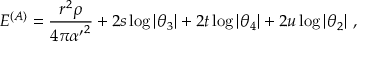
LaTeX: { { \cal E } } ^ { ( A ) } = { \frac { r ^ { 2 } \rho } { 4 \pi { \alpha ^ { \prime } } ^ { 2 } } } + 2 s \log \vert \theta _ { 3 } \vert + 2 t \log \vert \theta _ { 4 } \vert + 2 u \log \vert \theta _ { 2 } \vert \ ,